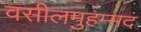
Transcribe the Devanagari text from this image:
वसीलमुहम्मद